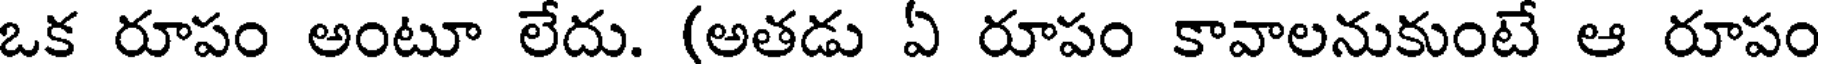
ఒక రూపం అంటూ లేదు. (అతడు ఏ రూపం కావాలనుకుంటే ఆ రూపం